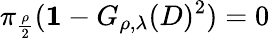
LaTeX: \pi_{\frac{\rho}{2}}({\mathbf 1}-G_{\rho,\lambda}(D)^{2})=0